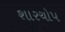
શારચોપ